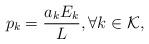
LaTeX: \begin{align*} p_{k}=\frac{a_{k} E_{k}}{L}, \forall k \in \mathcal{K},\end{align*}